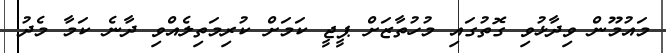
މައުމޫން ވިދާޅުވި ގޮތުގައި މުހުތާޒަށް ޕީޖީ ކަމަށް ކުރިމަތިލެއްވި ދާނެ ކަމާ މެދު